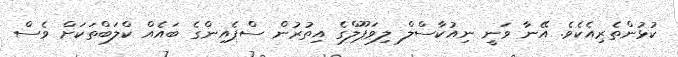
ކުޅުންތެރިއެކެވެ. އޭނާ ވަނީ ނިއުކާސްލް ލިވަޕޫލްގެ އިތުރުން ސްޕެއިންގެ ބައެއް ކްލަބްތަކަށް ވެސް